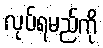
လုပ်ရမည်ကို